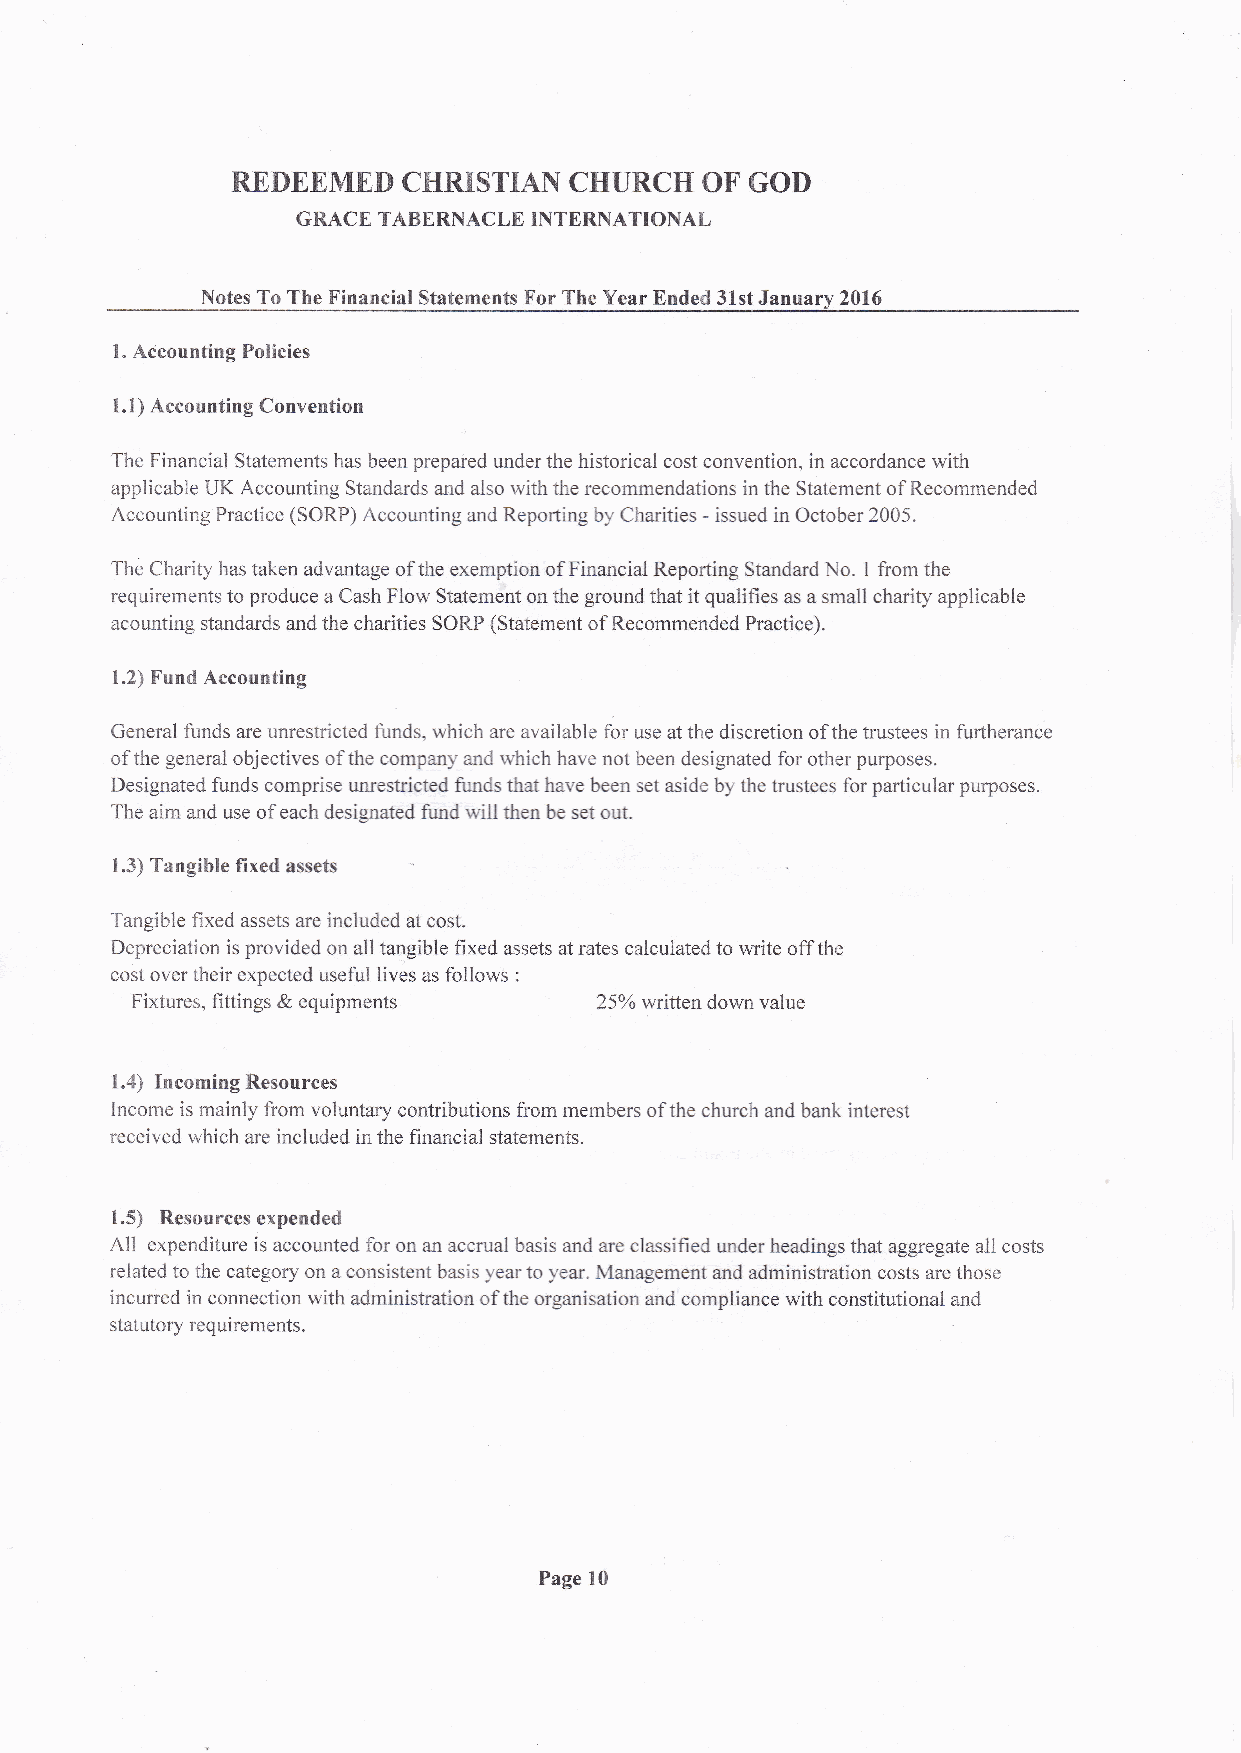
REDEEMED    CIIRISTIAN CHURCH  OF  GOD
 GRACE TABERNACLE INTERNATIONAL
 Notes To The Financial Statements For The Year Ended 31st January 2016
 l. Accounting Policies
 1.1) Accounting Convention
 The Financial Statements has been prepared under the historical cost convention, in accordance with
 applicable UK Accounting Standards and also with the recommendations in the Statement of Recommended
 Accounting Practice (SORP) Accounting and Reporting by Charities - issued in October 2005.
 The Charity has taken advantage of the exemption of Financial Reporting Standard No. I from the
 requirements to produce a Cash Flow Statement on the ground that it qualifies as a small charity applicable
 acounting standaxds and the charities SORP (Statement of Recomrnended Practice).
 1.2) Fund Accounting
 General funds are unrestricted funds, which are available for use at the discretion of the trustees in firtherance
 ofthe general objectives ofthe company and which have not been designated for other purposes.
 Designated funds comprise unrestricted funds that have been set aside by the trustees for particular purposes.
 The aim and use of each designated fimd will then be set out
 1.3) Tangible fixed assets
 Tangible fixed assets are included at cost.
 Depreciation is provided on all taqgible fixed assets at rates calculated to write off the
 cost over their expected useful lives as follows :
 equipments
 Fixtures, fittings &           25% written down value
 1.4) Incoming Resources
 Income is mainly from voluntary contributions from members of the church and bank interest
 received which are included in the financial statements.
 1.5) Resources expended
 All expenditure is accounted for on an accrual basis and are classified under headings that aggregate all costs
 related to the category on a consistent basis year to year. Management and administration costs are those
 incurred in connection with administration ofthe organisation and compliance with constitutional and
 statutory requirements.
 Page 10